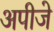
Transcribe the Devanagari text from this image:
अपीजे